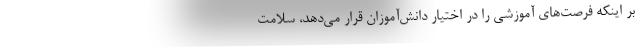
بر اینکه فرصت‌های آموزشی را در اختیار دانش‌آموزان قرار می‌دهد، سلامت